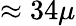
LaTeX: \approx 34\mu